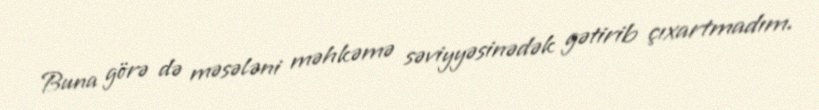
Buna görə də məsələni məhkəmə səviyyəsinədək gətirib çıxartmadım.